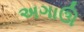
અગાઊ